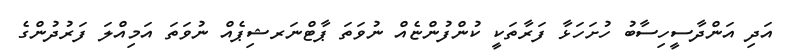
އަދި އަންދާސީހިސާބު ހުށަހަޅާ ފަރާތަކީ ކުންފުންޏެއް ނުވަތަ ޕާޓްނަރޝިޕެއް ނުވަތަ އަމިއްލަ ފަރުދުންގެ